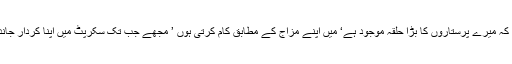
18 مئی2018ء) اداکارہ زارا شیخ نے کہا ہے کہ خدا کا شکر ہے کہ میرے پرستاروں کا بڑا حلقہ موجود ہے‘ میں اپنے مزاج کے مطابق کام کرتی ہوں ’ مجھے جب تک سکرپٹ میں اپنا کردار جاندار نظر نہیںآتا اس وقت تک فلم میں اداکاری کی حامی نہیں بھرتی۔